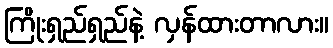
ကြိုးရှည်ရှည်နဲ့ လှန်ထားတာလား။